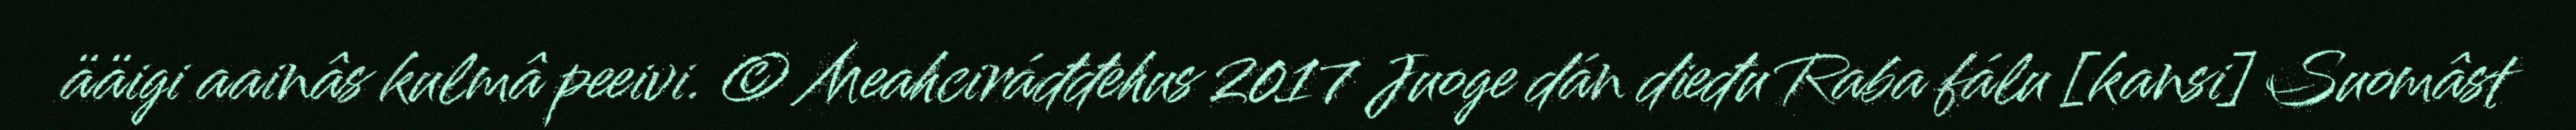
ääigi aainâs kulmâ peeivi. © Meahciráđđehus 2017 Juoge dán dieđu Raba fálu [kansi] Suomâst